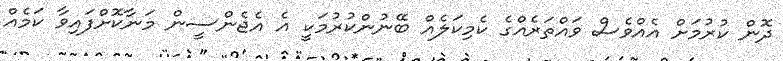
ދޮން ކުރުމަށް އެއްވެސް ވައްތަރެއްގެ ކެމިކަލެއް ބޭނުންކުރުމަކީ އެ އެޖެންސީން މަނާކޮށްފައިވާ ކަމެއް